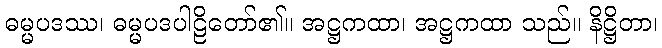
ဓမ္မပဒဿ၊ ဓမ္မပဒပါဠိတော်၏။ အဋ္ဌကထာ၊ အဋ္ဌကထာ သည်။ နိဋ္ဌိတာ၊